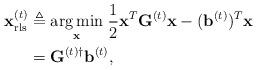
LaTeX: \begin{align*}\mathbf{x}_{\textrm{rls}}^{(t)} & \triangleq\underset{\mathbf{x}}{\arg\min}\;\frac{1}{2}\mathbf{x}^{T}\mathbf{G}^{(t)}\mathbf{x}-(\mathbf{b}^{(t)})^{T}\mathbf{x}\\ & =\mathbf{G}^{(t)\dagger}\mathbf{b}^{(t)},\end{align*}